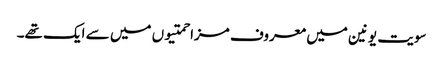
سویت یونین میں معروف مزاحمتیوں میں سے ایک تھے۔